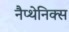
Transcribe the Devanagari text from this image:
नैप्थेनिक्स